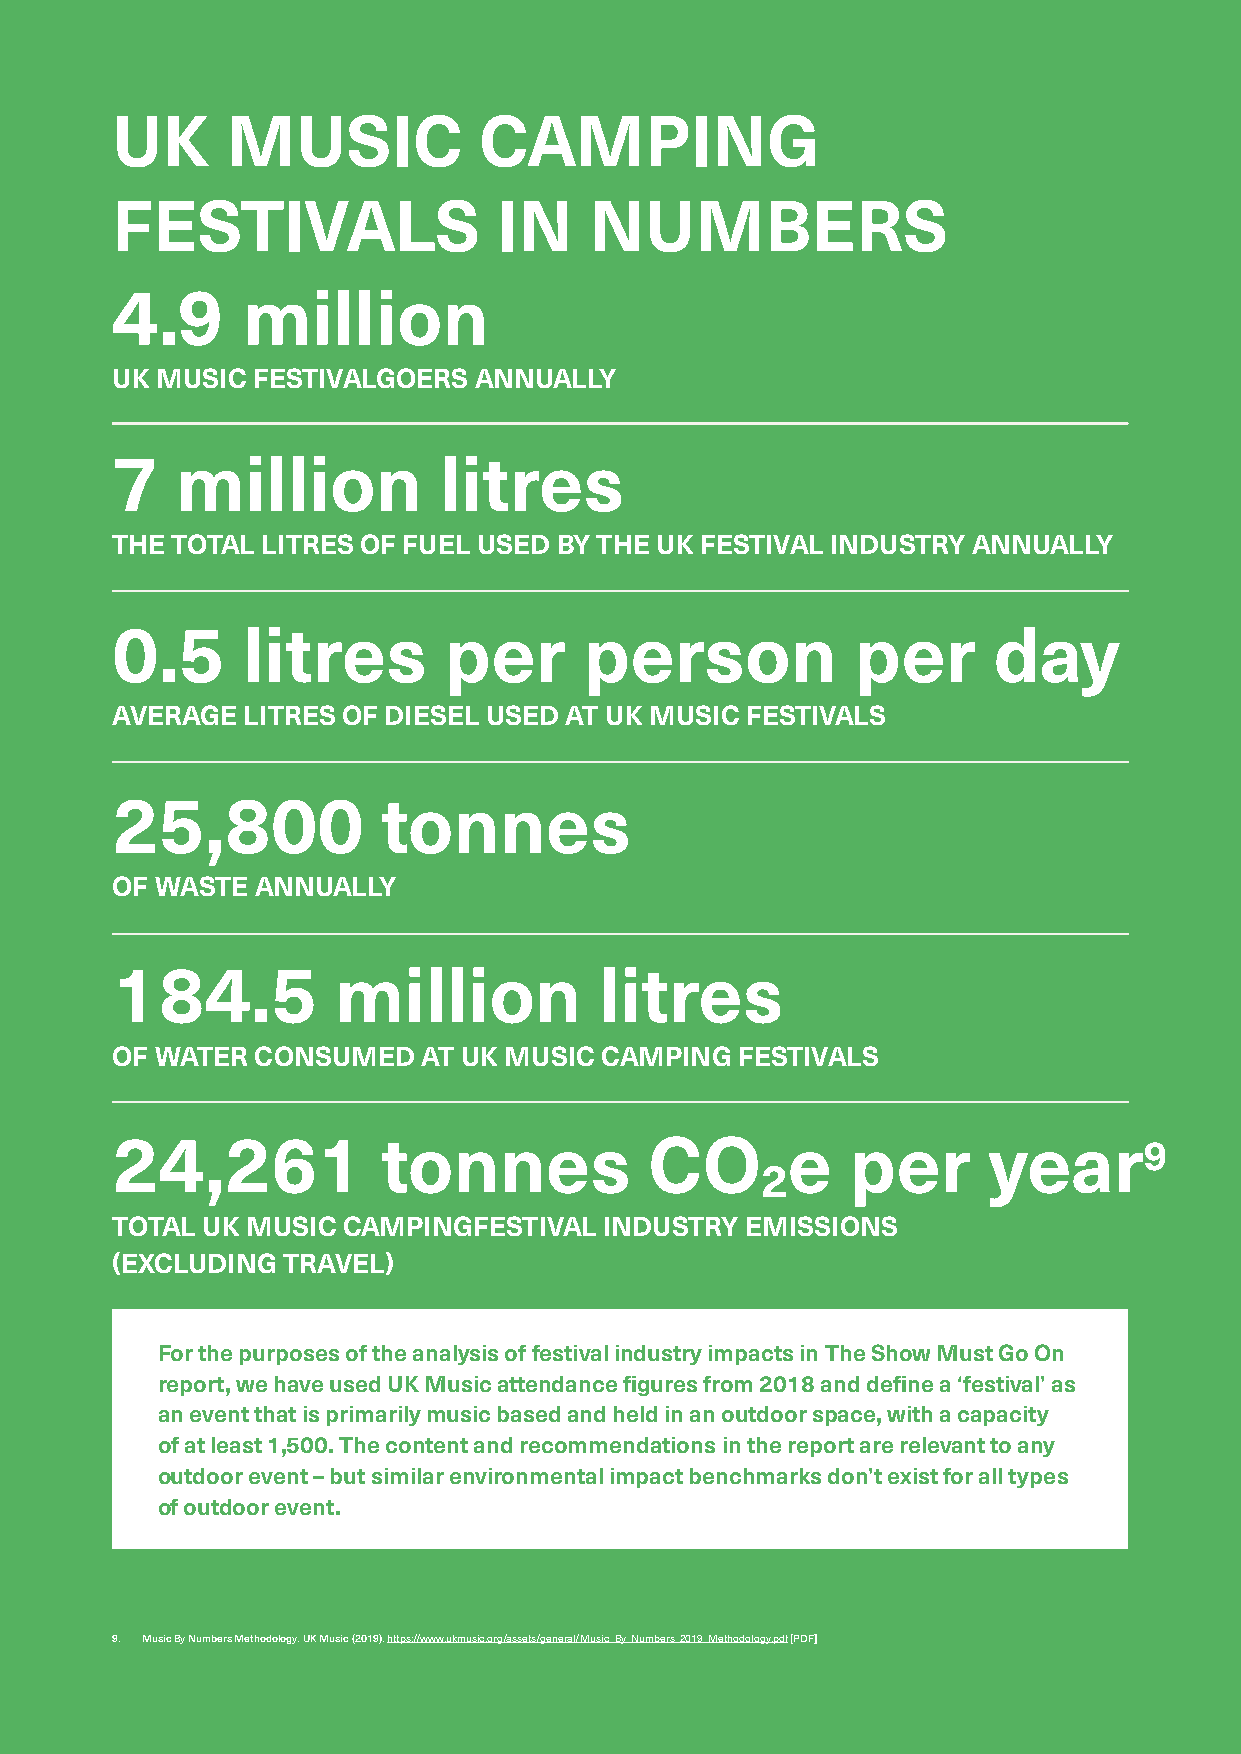
UK      MUSIC            CAMPING
 FESTIVALS                 IN    NUMBERS
 4.9      million
 UK MUSIC  FESTIVALGOERS ANNUALLY
 7    million          litres
 THE TOTAL LITRES OF FUEL USED BY THE UK FESTIVAL INDUSTRY ANNUALLY
 0.5      litres       per       person            per      day
 AVERAGE  LITRES OF DIESEL USED AT UK MUSIC FESTIVALS
 25,800            tonnes
 OF WASTE  ANNUALLY
 184.5          million           litres
 OF WATER  CONSUMED   AT UK MUSIC CAMPING  FESTIVALS
 24,261            tonnes            CO       e   per      year9
 2
 TOTAL UK MUSIC  CAMPINGFESTIVAL  INDUSTRY EMISSIONS
 (EXCLUDING  TRAVEL)
 For the purposes of the analysis of festival industry impacts in The Show Must Go On
 report, we have used UK Music attendance figures from 2018 and define a ‘festival’ as
 an event that is primarily music based and held in an outdoor space, with a capacity
 of at least 1,500. The content and recommendations in the report are relevant to any
 outdoor event – but similar environmental impact benchmarks don’t exist for all types
 of outdoor event.
 9. Music By Numbers Methodology. UK Music (2019). https://www.ukmusic.org/assets/general/Music_By_Numbers_2019_Methodology.pdf [PDF]
 14
 An
 overview
 of
 environmental
 impacts